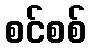
စင်စစ်